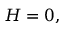
H = 0 ,